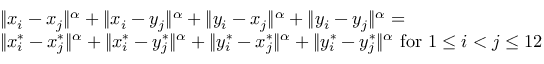
\begin{array} { r l } & { \| x _ { i } - x _ { j } \| ^ { \alpha } + \| x _ { i } - y _ { j } \| ^ { \alpha } + \| y _ { i } - x _ { j } \| ^ { \alpha } + \| y _ { i } - y _ { j } \| ^ { \alpha } = } \\ & { \| x _ { i } ^ { * } - x _ { j } ^ { * } \| ^ { \alpha } + \| x _ { i } ^ { * } - y _ { j } ^ { * } \| ^ { \alpha } + \| y _ { i } ^ { * } - x _ { j } ^ { * } \| ^ { \alpha } + \| y _ { i } ^ { * } - y _ { j } ^ { * } \| ^ { \alpha } \mathrm { ~ f o r ~ } 1 \leq i < j \leq 1 2 } \end{array}